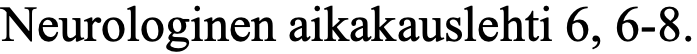
Neurologinen aikakauslehti 6, 6-8.